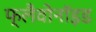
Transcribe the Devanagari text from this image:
फ्लैवोनाॅइड